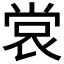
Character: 𫵅